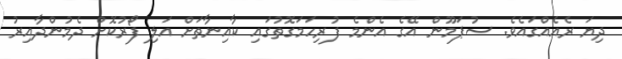
ދިޔަ ރެއެއްގައެވެ. ސުޕަމޫން އޭގެ އެންމެ ފުރިހަމަގޮތުގައި ކާއިނާތަށް އަލި ފޯރުކޮށް ދެމުންދާއިރު